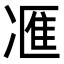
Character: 𪞩